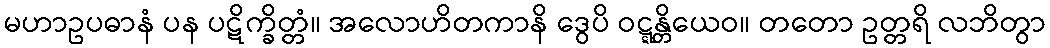
မဟာဥပဓာနံ ပန ပဋိက္ခိတ္တံ။ အလောဟိတကာနိ ဒွေပိ ဝဋ္ဋန္တိယေဝ။ တတော ဥတ္တရိ လဘိတွာ